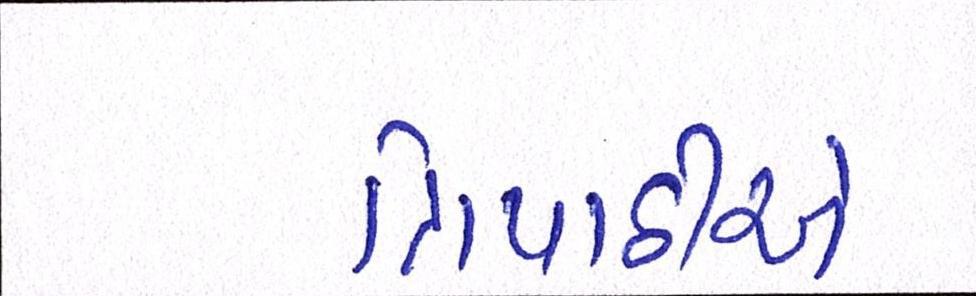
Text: ત્રિપાઠીએ